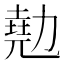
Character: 𠢩